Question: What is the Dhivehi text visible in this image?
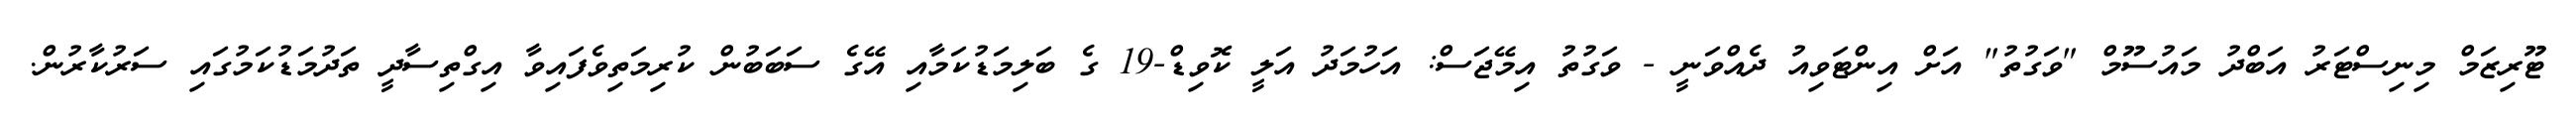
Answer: ޓޫރިޒަމް މިނިސްޓަރު އަބްދު މައުސޫމް "ވަގުތު" އަށް އިންޓަވިއު ދެއްވަނީ - ވަގުތު އިމޭޖަސް: އަހުމަދު އަލީ ކޮވިޑް-19 ގެ ބަލިމަޑުކަމާއި އޭގެ ސަބަބުން ކުރިމަތިވެފައިވާ އިގްތިސާދީ ތަދުމަޑުކަމުގައި ސަރުކާރުން.